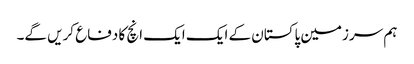
ہم سرزمین پاکستان کے ایک ایک انچ کا دفاع کریں گے۔